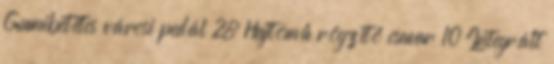
Gumibetétes városi pedál 28 Hajtómű rögzítő csavar 10 Integrált